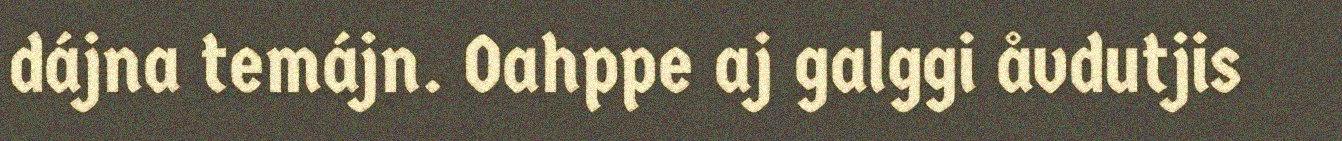
dájna temájn. Oahppe aj galggi åvdutjis